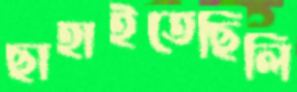
ছাহাইতেছিলি